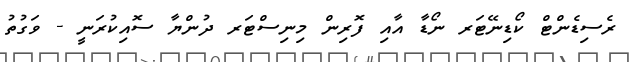
ރެސިޑެންޓް ކޯޑިނޭޓަރ ނޯޑާ އާއި ފޮރިން މިނިސްޓަރ ދުންޔާ ސޮއިކުރަނީ - ވަގުތު